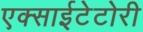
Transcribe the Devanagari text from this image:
एक्साईटेटोरी